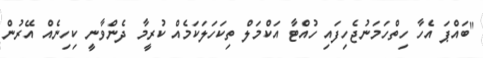
"ބައްޕަ އެހާ ހިތްހަމަނުޖެހިފައި ހުއްޓާ އަކްމަލް ތިކަހަލަކަމެއް ކުރީމާ ދެންވާނީ ކިހިނެއް އޭރުން